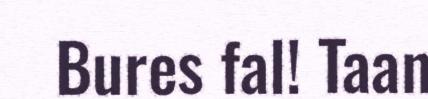
Bures fal! Taan